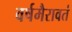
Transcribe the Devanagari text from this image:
वर्षमैरावतं